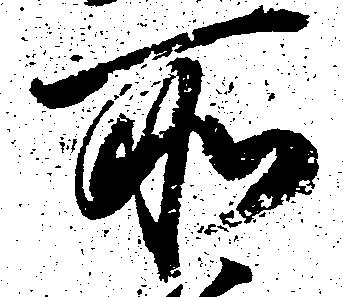
所